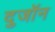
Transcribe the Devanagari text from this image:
दुजॉन